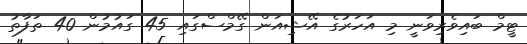
ޓީމް ބައިވެރިވަނީ މި އަހަރުގެ އޭޝިއަން ގޭމްސްގައި 45 ގައުމުން 40 ތަފާތު